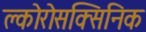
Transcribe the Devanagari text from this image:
क्लोरोसक्सिनिक